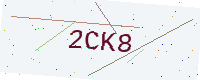
Text: 2CK8